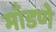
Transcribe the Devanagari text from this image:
माँडणे